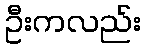
ဦးကလည်း